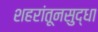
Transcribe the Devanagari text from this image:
शहरांतूनसुद्धा